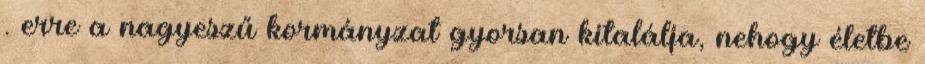
. erre a nagyeszű kormányzat gyorsan kitalálja, nehogy életbe